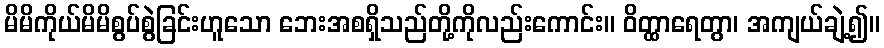
မိမိကိုယ်မိမိစွပ်စွဲခြင်းဟူသော ဘေးအစရှိသည်တို့ကိုလည်းကောင်း။ ဝိတ္ထာရေတွာ၊ အကျယ်ချဲ့၍။